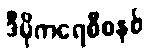
ဒီမိုကရေစီစနစ်